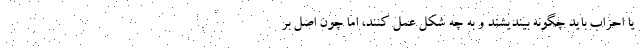
یا احزاب باید چگونه بیندیشند و به چه شکل عمل کنند، اما چون اصل بر